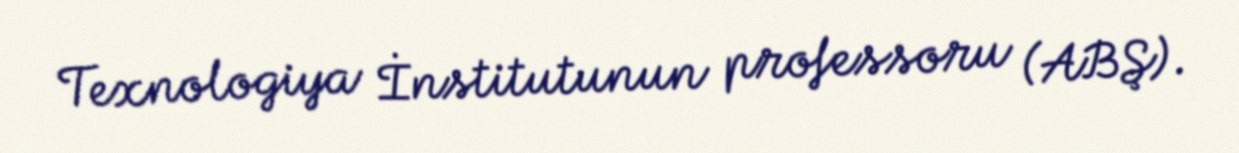
Texnologiya İnstitutunun professoru (ABŞ).